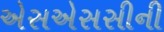
એસએસસીની